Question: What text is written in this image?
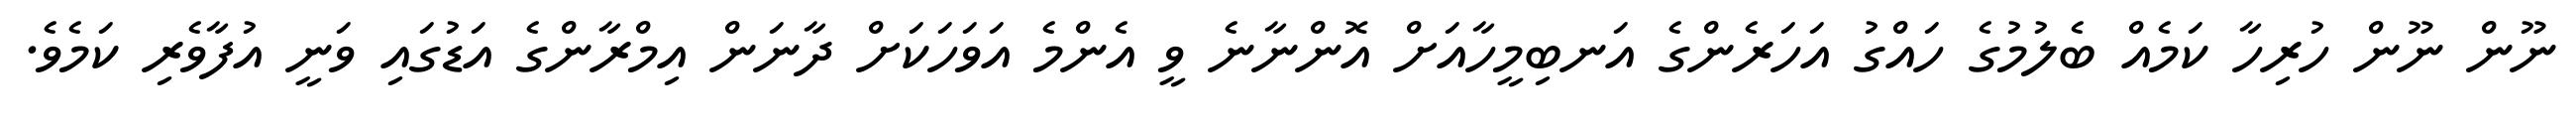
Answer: ނޫން ނޫން ހުރިހާ ކަމެއް ބެލުމުގެ ހައްގު އަހަރެންގެ އަނބިމީހާއަށް އޮންނާނެ ވީ އެންމެ އަވަހަކަށް ދާނަން އިމްރާންގެ އަޑުގައި ވަނީ އުފާވެރި ކަމެވެ.